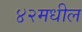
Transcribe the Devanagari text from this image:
४२मधील